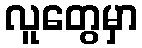
လူတွေမှာ